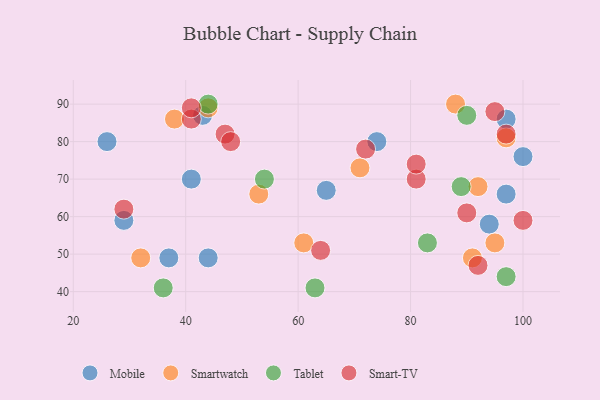
{"axis": {"x": "GDP", "y": "Life Expectancy"}, "legend": ["Mobile", "Smart-TV", "Smartwatch", "Tablet"], "data": [{"x": "97", "y": 66, "type": "Mobile"}, {"x": "26", "y": 80, "type": "Mobile"}, {"x": "100", "y": 76, "type": "Mobile"}, {"x": "97", "y": 86, "type": "Mobile"}, {"x": "41", "y": 70, "type": "Mobile"}, {"x": "37", "y": 49, "type": "Mobile"}, {"x": "43", "y": 87, "type": "Mobile"}, {"x": "65", "y": 67, "type": "Mobile"}, {"x": "44", "y": 49, "type": "Mobile"}, {"x": "94", "y": 58, "type": "Mobile"}, {"x": "29", "y": 59, "type": "Mobile"}, {"x": "74", "y": 80, "type": "Mobile"}, {"x": "44", "y": 89, "type": "Smartwatch"}, {"x": "38", "y": 86, "type": "Smartwatch"}, {"x": "88", "y": 90, "type": "Smartwatch"}, {"x": "71", "y": 73, "type": "Smartwatch"}, {"x": "61", "y": 53, "type": "Smartwatch"}, {"x": "53", "y": 66, "type": "Smartwatch"}, {"x": "95", "y": 53, "type": "Smartwatch"}, {"x": "91", "y": 49, "type": "Smartwatch"}, {"x": "92", "y": 68, "type": "Smartwatch"}, {"x": "97", "y": 81, "type": "Smartwatch"}, {"x": "32", "y": 49, "type": "Smartwatch"}, {"x": "54", "y": 70, "type": "Tablet"}, {"x": "44", "y": 90, "type": "Tablet"}, {"x": "63", "y": 41, "type": "Tablet"}, {"x": "83", "y": 53, "type": "Tablet"}, {"x": "90", "y": 87, "type": "Tablet"}, {"x": "36", "y": 41, "type": "Tablet"}, {"x": "97", "y": 44, "type": "Tablet"}, {"x": "89", "y": 68, "type": "Tablet"}, {"x": "81", "y": 70, "type": "Smart-TV"}, {"x": "29", "y": 62, "type": "Smart-TV"}, {"x": "97", "y": 82, "type": "Smart-TV"}, {"x": "41", "y": 86, "type": "Smart-TV"}, {"x": "100", "y": 59, "type": "Smart-TV"}, {"x": "64", "y": 51, "type": "Smart-TV"}, {"x": "90", "y": 61, "type": "Smart-TV"}, {"x": "72", "y": 78, "type": "Smart-TV"}, {"x": "47", "y": 82, "type": "Smart-TV"}, {"x": "92", "y": 47, "type": "Smart-TV"}, {"x": "48", "y": 80, "type": "Smart-TV"}, {"x": "81", "y": 74, "type": "Smart-TV"}, {"x": "41", "y": 89, "type": "Smart-TV"}, {"x": "95", "y": 88, "type": "Smart-TV"}]}